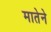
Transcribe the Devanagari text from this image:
मातेने